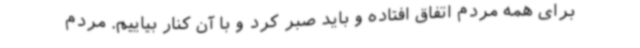
برای همه مردم اتفاق افتاده و باید صبر کرد و با آن کنار بیاییم. مردم